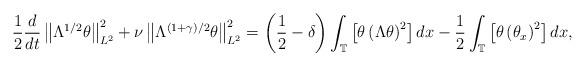
LaTeX: \begin{align*}\frac{1}{2}\frac{d}{dt}\left\| \Lambda^{1/2}\theta \right\|^{2}_{L^{2}}+\nu\left\|\Lambda^{(1+\gamma)/2}\theta\right\|^{2}_{L^{2}}=\left(\frac{1}{2}-\delta\right)\int_{\mathbb{T}}\left[\theta\left(\Lambda \theta \right)^{2}\right]dx- \frac{1}{2}\int_{\mathbb{T}}\left[\theta \left(\theta_{x}\right)^{2}\right]dx,\end{align*}